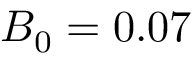
B _ { 0 } = 0 . 0 7